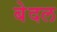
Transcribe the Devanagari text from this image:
बेदल